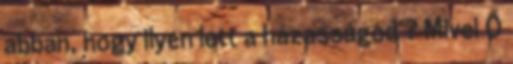
abban, hogy ilyen lett a házasságod ? Mivel Ő